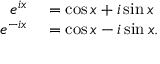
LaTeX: \begin{array} { r l } { e ^ { i x } } & { { } = \cos x + i \sin x } \\ { e ^ { - i x } } & { { } = \cos x - i \sin x . } \end{array}